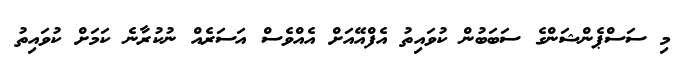
މި ސަސްޕެންޝަންގެ ސަބަބުން ކުވައިތު އެފްއޭއަށް އެއްވެސް އަސަރެއް ނުކުރާނެ ކަމަށް ކުވައިތު